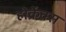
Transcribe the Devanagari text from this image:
होर्क्रेक्स